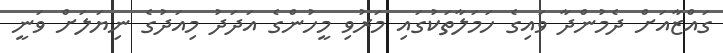
ގައްޒާއަށް ދެމުންދާ ވައިގެ ހަމަލާތަކުގައި މަރުވި މީހުންގެ އަދަދު މިއަދުގެ ނިޔަލަށް ވަނީ